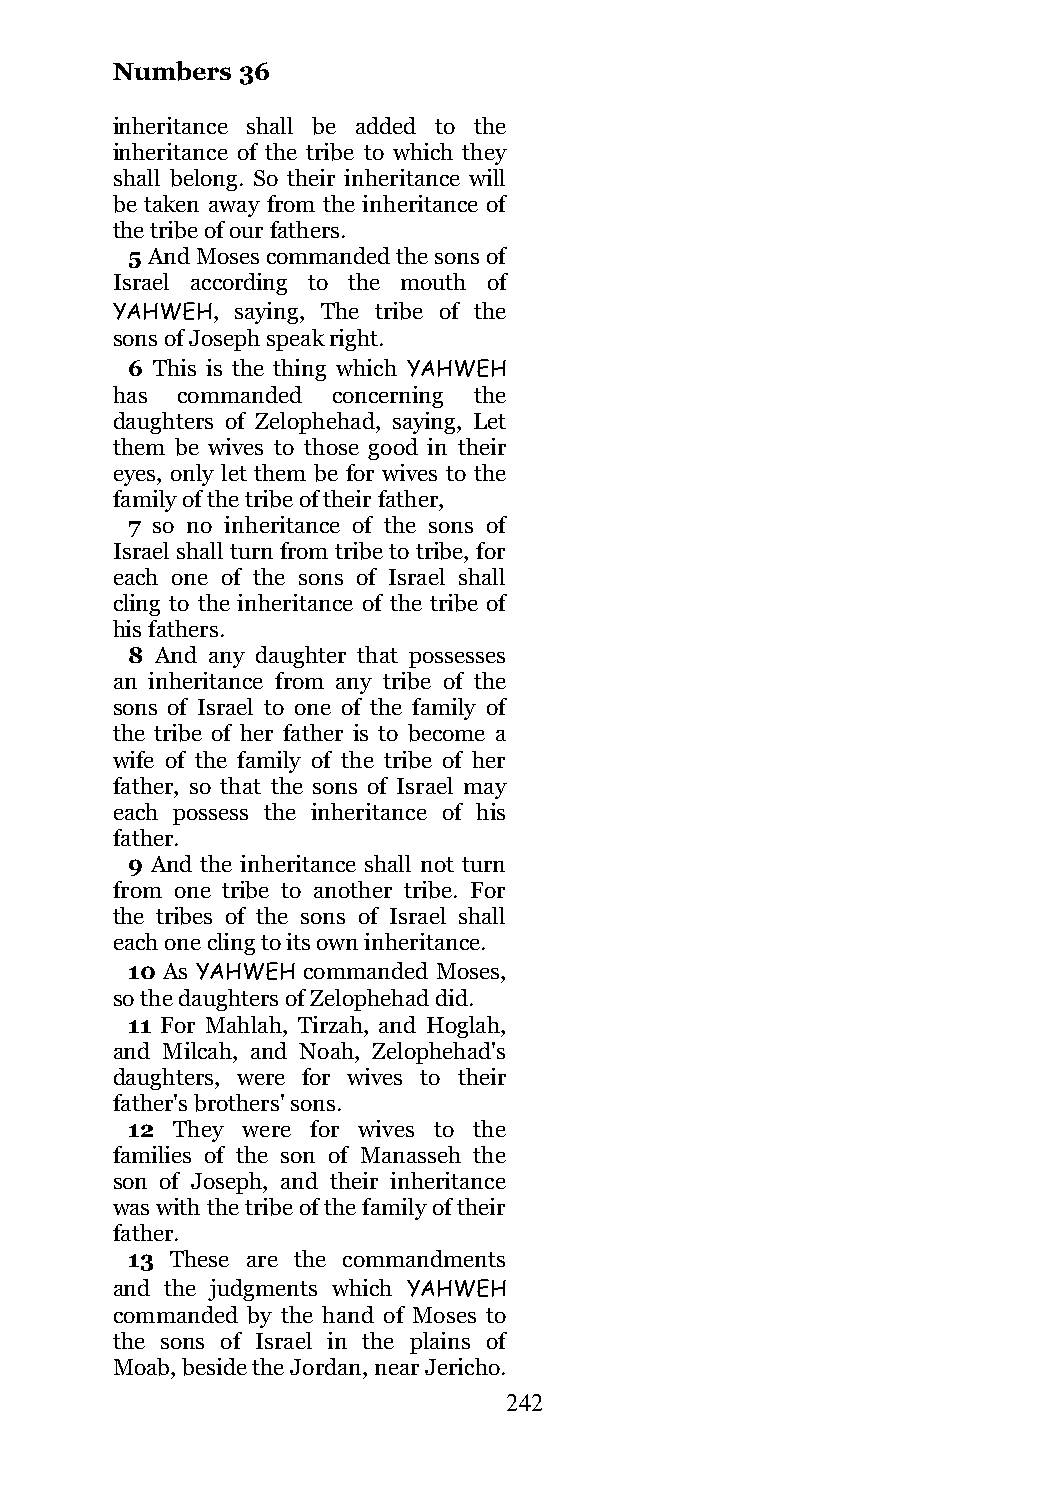
Numbers  36
 inheritance shall be added to the
 inheritance of the tribe to which they
 shall belong. So their inheritance will
 be taken away from the inheritance of
 the tribe of our fathers.
 5 And Moses commanded the sons of
 Israel according to the mouth of
 YAHWEH,  saying, The tribe of the
 sons of Joseph speak right.
 6 This is the thing which YAHWEH
 has  commanded concerning the
 daughters of Zelophehad, saying, Let
 them be wives to those good in their
 eyes, only let them be for wives to the
 family of the tribe of their father,
 7 so no inheritance of the sons of
 Israel shall turn from tribe to tribe, for
 each one of the sons of Israel shall
 cling to the inheritance of the tribe of
 his fathers.
 8 And any daughter that possesses
 an inheritance from any tribe of the
 sons of Israel to one of the family of
 the tribe of her father is to become a
 wife of the family of the tribe of her
 father, so that the sons of Israel may
 each possess the inheritance of his
 father.
 9 And the inheritance shall not turn
 from one tribe to another tribe. For
 the tribes of the sons of Israel shall
 each one cling to its own inheritance.
 10 As YAHWEH commanded Moses,
 so the daughters of Zelophehad did.
 11 For Mahlah, Tirzah, and Hoglah,
 and Milcah, and Noah, Zelophehad's
 daughters, were for wives to their
 father's brothers' sons.
 12 They were for wives to the
 families of the son of Manasseh the
 son of Joseph, and their inheritance
 was with the tribe of the family of their
 father.
 13 These are the commandments
 and the judgments which YAHWEH
 commanded by the hand of Moses to
 the sons of Israel in the plains of
 Moab, beside the Jordan, near Jericho.
 242